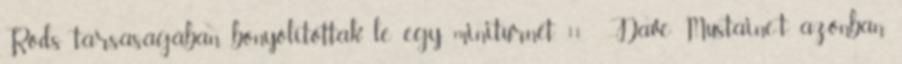
Rods társaságában bonyolítottak le egy miniturnét. 11 Dave Mustaine-t azonban